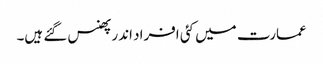
عمارت میں کئی افراد اندر پھنس گئے ہیں۔